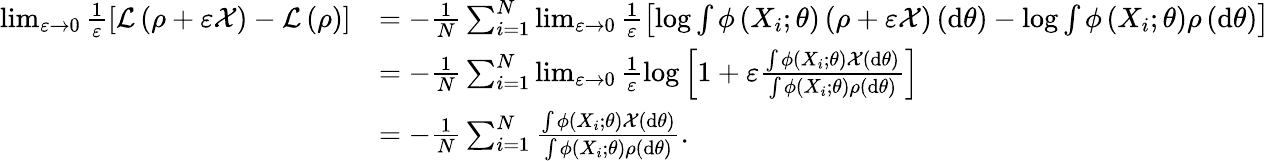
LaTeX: \begin{array}{rl}{\operatorname*{lim}_{\varepsilon\to 0}\frac{1}{\varepsilon}\left[\mathcal{L}\left(\rho+\varepsilon\mathcal{X}\right)-\mathcal{L}\left(\rho\right)\right]}&{=-\frac{1}{N}\sum_{i=1}^{N}\operatorname*{lim}_{\varepsilon\to 0}\frac{1}{\varepsilon}\left[\log\int\phi\left(X_{i};\theta\right)\left(\rho+\varepsilon\mathcal{X}\right)\left(\mathrm{d}\theta\right)-\log\int\phi\left(X_{i};\theta\right)\rho\left(\mathrm{d}\theta\right)\right]}\\ &{=-\frac{1}{N}\sum_{i=1}^{N}\operatorname*{lim}_{\varepsilon\to 0}\frac{1}{\varepsilon}\log\left[1+\varepsilon\frac{\int\phi\left(X_{i};\theta\right)\mathcal{X}\left(\mathrm{d}\theta\right)}{\int\phi\left(X_{i};\theta\right)\rho\left(\mathrm{d}\theta\right)}\right]}\\ &{=-\frac{1}{N}\sum_{i=1}^{N}\frac{\int\phi\left(X_{i};\theta\right)\mathcal{X}\left(\mathrm{d}\theta\right)}{\int\phi\left(X_{i};\theta\right)\rho\left(\mathrm{d}\theta\right)}.}\end{array}